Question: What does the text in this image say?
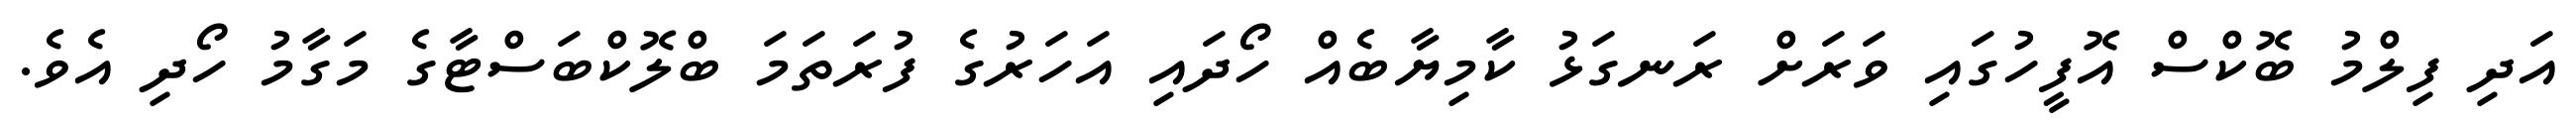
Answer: އަދި ފިލްމު ބޮކްސް އޮފީހުގައި ވަރަށް ރަނގަޅު ކާމިޔާބެއް ހޯދައި އަހަރުގެ ފުރަތަމަ ބްލޮކްބަސްޓާގެ މަގާމު ހޯދި އެވެ.